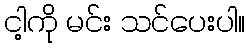
ငါ့ကို မင်း သင်ပေးပါ။